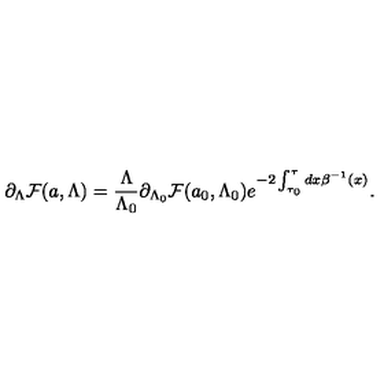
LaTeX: \partial _ { \Lambda } { \cal F } ( a , \Lambda ) = { \frac { \Lambda } { \Lambda _ { 0 } } } \partial _ { \Lambda _ { 0 } } { \cal F } ( a _ { 0 } , \Lambda _ { 0 } ) e ^ { - 2 \int _ { \tau _ { 0 } } ^ { \tau } { d x \beta ^ { - 1 } ( x ) } } .